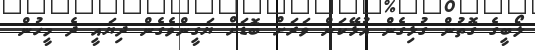
ލޯބީގެ ގޮތުން ގުޅިގެން އުޅޭކަން ވަރަށް ބޮޑަށް ޔަގީންވެގެން ދިޔައީ ދެ މީހުން